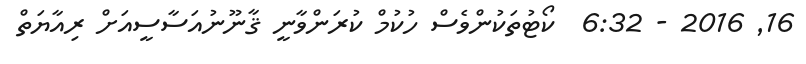
16